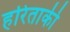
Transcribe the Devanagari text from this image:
हरिताकी